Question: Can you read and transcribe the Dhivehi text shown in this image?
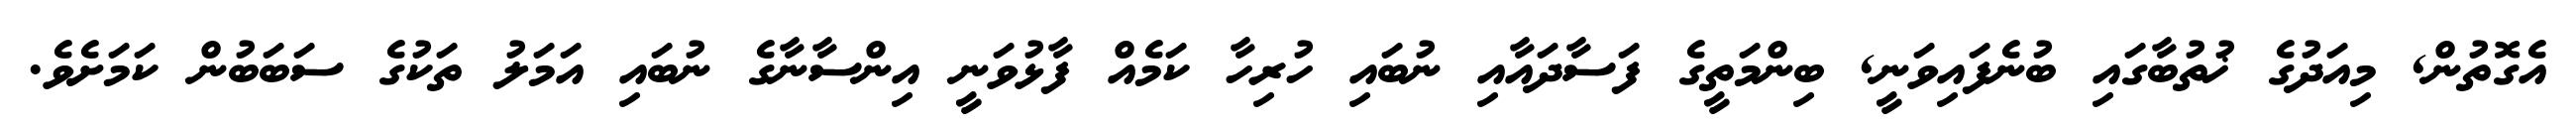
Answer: އެގޮތުން, މިއަދުގެ ޚުތުބާގައި ބުނެފައިވަނީ, ބިންމަތީގެ ފަސާދައާއި ނުބައި ހުރިހާ ކަމެއް ފާޅުވަނީ އިންސާނާގެ ނުބައި އަމަލު ތަކުގެ ސަބަބުން ކަމަށެވެ.